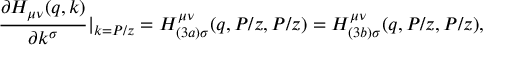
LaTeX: \frac { \partial H _ { \mu \nu } ( q , k ) } { \partial k ^ { \sigma } } | _ { k = P / z } = H _ { ( 3 a ) \sigma } ^ { \mu \nu } ( q , P / z , P / z ) = H _ { ( 3 b ) \sigma } ^ { \mu \nu } ( q , P / z , P / z ) ,